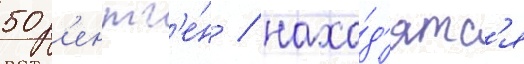
50 р'ентг'е́н / нахо́д'ятс'я